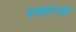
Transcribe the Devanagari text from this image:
स्वान्त